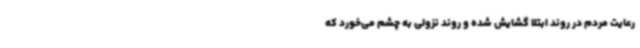
رعایت مردم در روند ابتلا گشایش شده و روند نزولی به چشم می‌خورد که